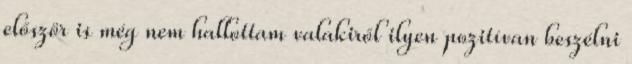
először is még nem hallottam valakiről ilyen pozitívan beszélni